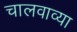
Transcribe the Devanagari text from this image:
चालवाव्या